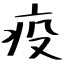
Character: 疫